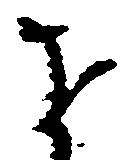
を